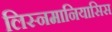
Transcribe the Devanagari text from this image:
लिस्नमानियासिस